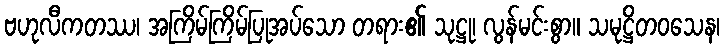
ဗဟုလီကတဿ၊ အကြိမ်ကြိမ်ပြုအပ်သော တရား၏ သုဋ္ဌု၊ လွန်မင်းစွာ။ သမုဋ္ဌိတဝသေန၊